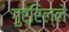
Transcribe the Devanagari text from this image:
गुर्रिल्ले